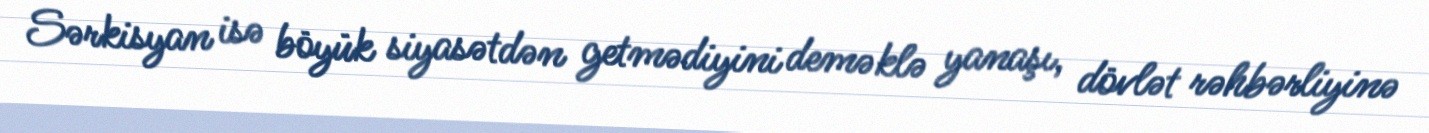
Sərkisyan isə böyük siyasətdən getmədiyini deməklə yanaşı, dövlət rəhbərliyinə